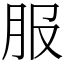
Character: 服